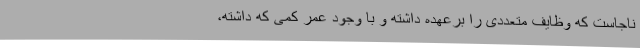
ناجاست که وظایف متعددی را برعهده داشته و با وجود عمر کمی که داشته،